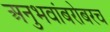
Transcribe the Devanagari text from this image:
अनुभवांबरोबरच